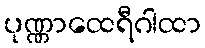
ပုဏ္ဏာထေရီဂါထာ